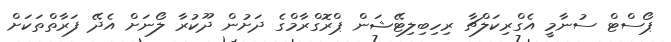
ޕޯސްޓް ސުނާމީ އެގްރިކަލްޗާ ރިހިބިލިޓޭޝަން ޕްރޮގްރާމްގެ ދަށުން ދޫކުރާ ލޯނަށް އެދޭ ފަރާތްތަކަށް